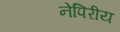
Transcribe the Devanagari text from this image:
नेपिरीय